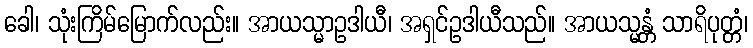
ခေါ၊ သုံးကြိမ်မြောက်လည်း။ အာယသ္မာဥဒါယီ၊ အရှင်ဥဒါယီသည်။ အာယသ္မန္တံ သာရိပုတ္တံ၊